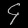
Digit: ၄